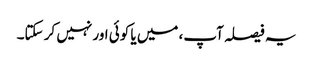
یہ فیصلہ آپ، میں یا کوئی اور نہیں کر سکتا۔